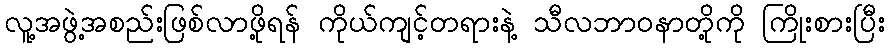
လူ့အဖွဲ့အစည်းဖြစ်လာဖို့ရန် ကိုယ်ကျင့်တရားနဲ့ သီလဘာဝနာတို့ကို ကြိုးစားပြီး